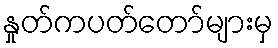
နှုတ်ကပတ်တော်များမှ